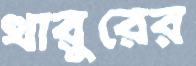
থারুরের